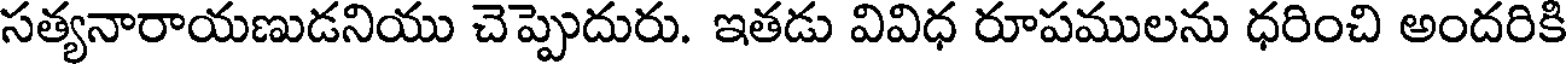
సత్యనారాయణుడనియు చెప్పెదురు. ఇతడు వివిధ రూపములను ధరించి అందరికి